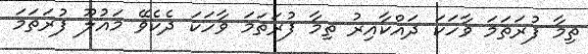
ތިމާ ފުރަތަމަ ވާހަކަ ދައްކާއިރު ތިމާ ފުރަތަމަ ވާހަކަ ދެކެވޭ މައުލޫ ފުރަތަމަ